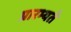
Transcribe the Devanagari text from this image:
प्रारभ्यते